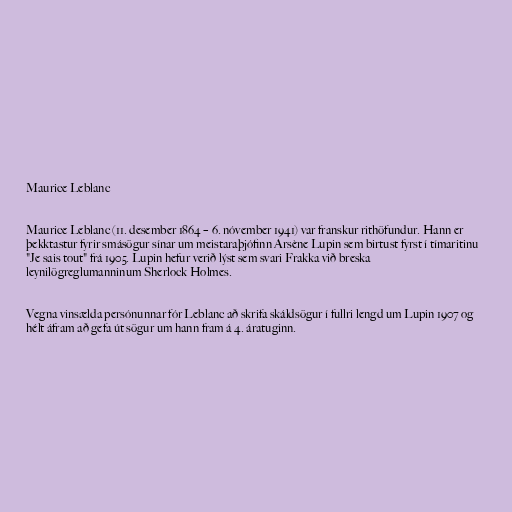
Maurice Leblanc

Maurice Leblanc (11. desember 1864 – 6. nóvember 1941) var franskur rithöfundur. Hann er
þekktastur fyrir smásögur sínar um meistaraþjófinn Arsène Lupin sem birtust fyrst í tímaritinu
"Je sais tout" frá 1905. Lupin hefur verið lýst sem svari Frakka við breska
leynilögreglumanninum Sherlock Holmes.

Vegna vinsælda persónunnar fór Leblanc að skrifa skáldsögur í fullri lengd um Lupin 1907 og
hélt áfram að gefa út sögur um hann fram á 4. áratuginn.